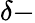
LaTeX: \delta-